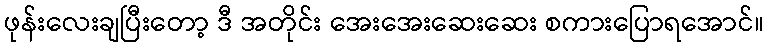
ဖုန်းလေးချပြီးတော့ ဒီ အတိုင်း အေးအေးဆေးဆေး စကားပြောရအောင်။